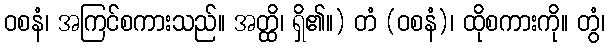
ဝစနံ၊ အကြင်စကားသည်။ အတ္ထိ၊ ရှိ၏။) တံ (ဝစနံ)၊ ထိုစကားကို။ တွံ၊